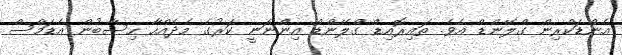
އެންޑަކްރިން ގްލޭންޑް އެވެ. ތައިރޮއިޑް ގްލޭންޑް އިންނަނީ ކަރުގެ މެދެއްހާ ހިސާބުން އެޑަމްސް